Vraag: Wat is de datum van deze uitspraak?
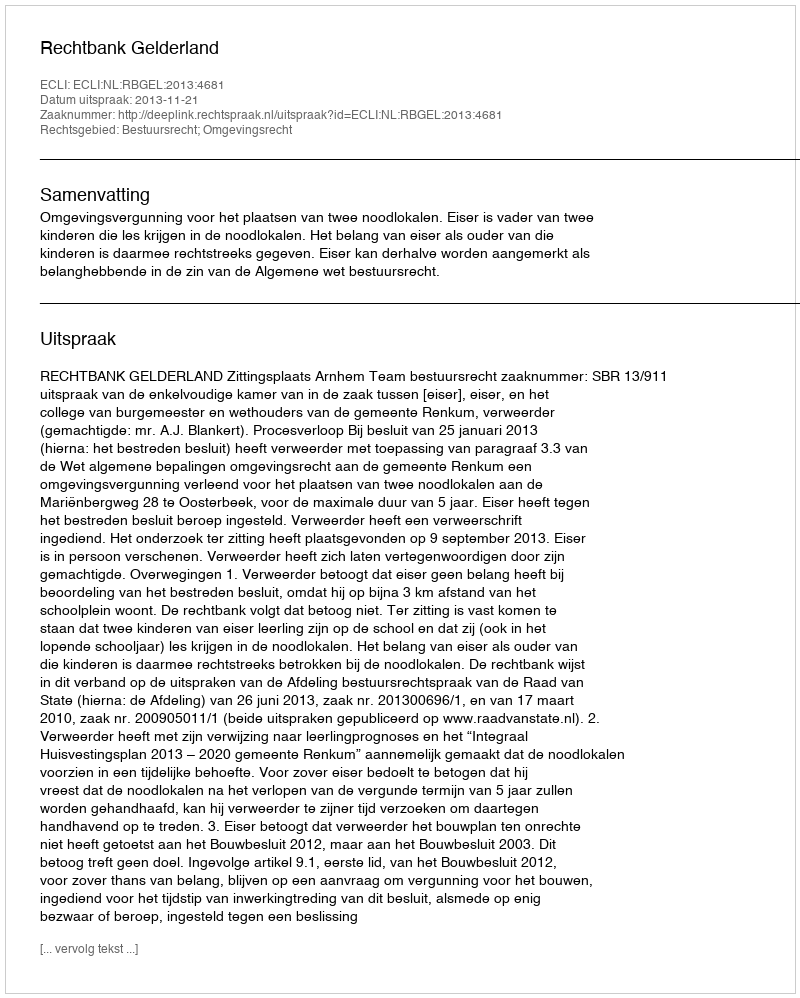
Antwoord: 2013-11-21